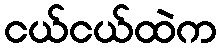
ငယ်ငယ်ထဲက